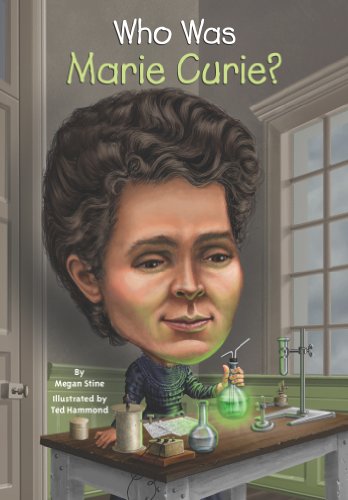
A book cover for Who Was Marie Curie?; Megan Stine; Children's Books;